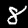
Label: 8